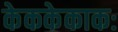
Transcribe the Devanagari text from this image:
केककेकाकः